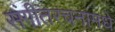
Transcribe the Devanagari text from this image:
संगीतरचनांमधे